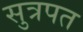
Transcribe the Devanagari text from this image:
सुत्रपत